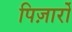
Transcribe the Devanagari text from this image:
पिज़ार्रो